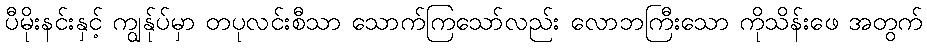
ပီမိုးနင်းနှင့် ကျွန်ုပ်မှာ တပုလင်းစီသာ သောက်ကြသော်လည်း လောဘကြီးသော ကိုသိန်းဖေ အတွက်